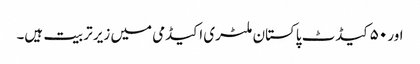
اور ۵۰ کیڈٹ پاکستان ملٹری اکیڈمی میں زیر تربیت ہیں۔